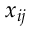
x _ { i j }